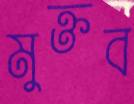
মুক্তব